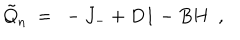
\tilde { Q } _ { n } \ = \ - J _ { - } + D { \bf 1 } - B H \ \ ,